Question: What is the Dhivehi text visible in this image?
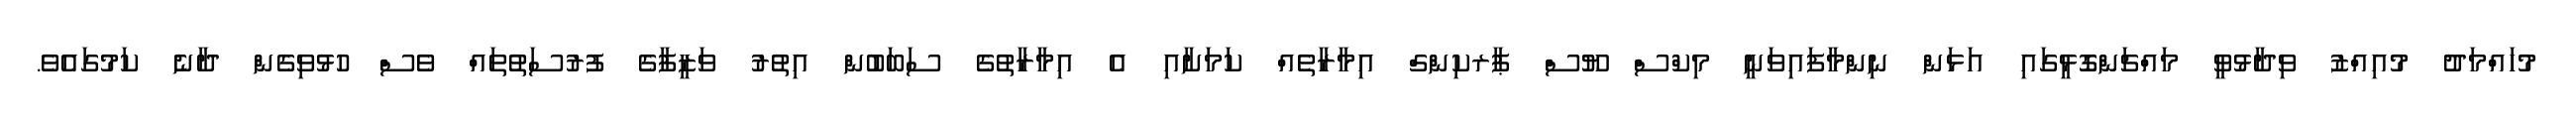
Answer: މުހައްމަދު މުއިއްޒު ވިދާޅުވީ މައްޗަންގޮޅީގައި އަޅަން ނިންމާފައިވަނީ މިކްސް ޔޫސް ޕާރކިންގް އިމާރާތެއް ކަމަށާއި އެ އިމާރާތުގެ ސަބަބުން އިތުރު ވަޒީފާގެ ފުރުސަތުތައް ވެސް ހުޅުވިގެން ދާނެ ކަމުގައެވެ.